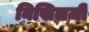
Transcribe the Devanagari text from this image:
निखिलजी